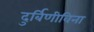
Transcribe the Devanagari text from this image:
दुर्बिणीविना